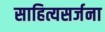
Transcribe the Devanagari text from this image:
साहित्यसर्जना